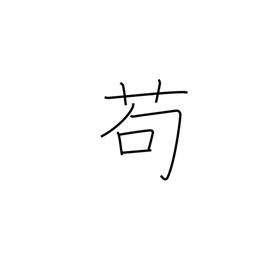
Meaning: in the least